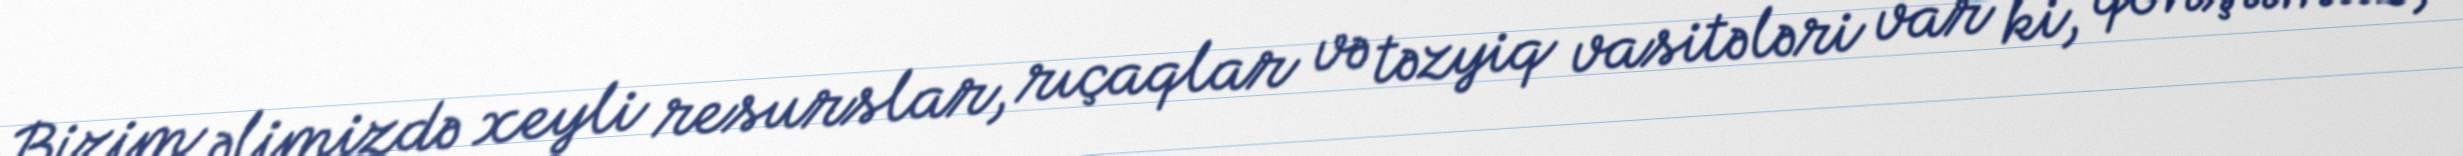
Bizim əlimizdə xeyli resurslar, rıçaqlar və təzyiq vasitələri var ki, qonşumuz,